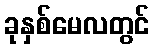
ခုနှစ်မေလတွင်